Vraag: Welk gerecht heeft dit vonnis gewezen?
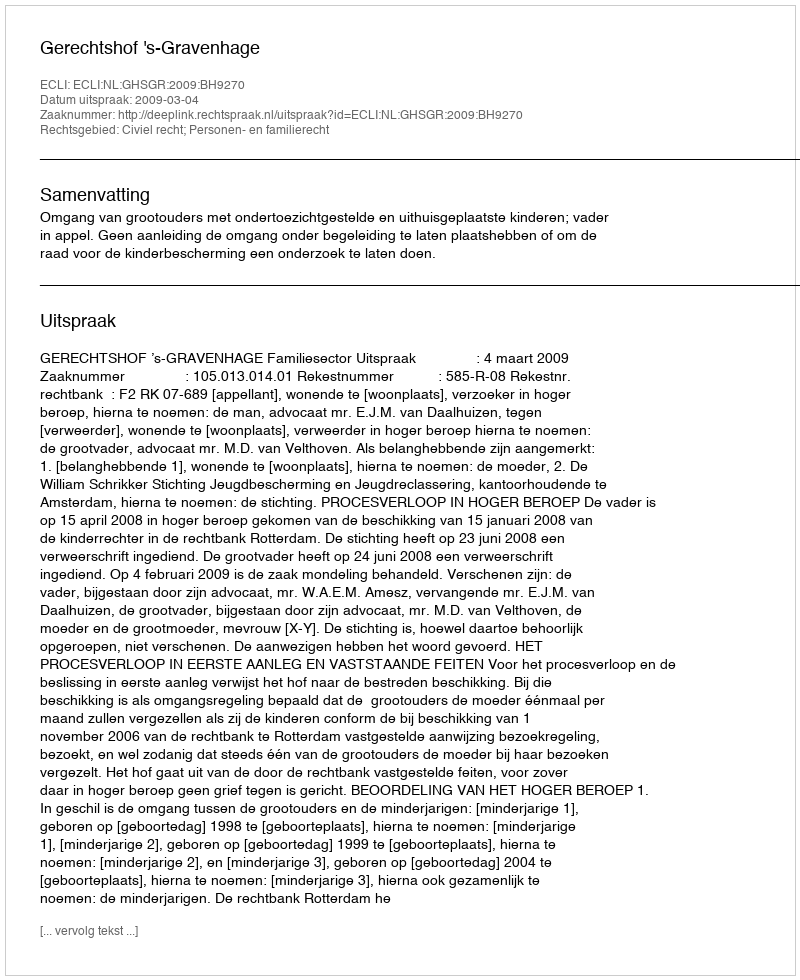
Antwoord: Gerechtshof 's-Gravenhage